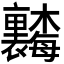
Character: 𬅗